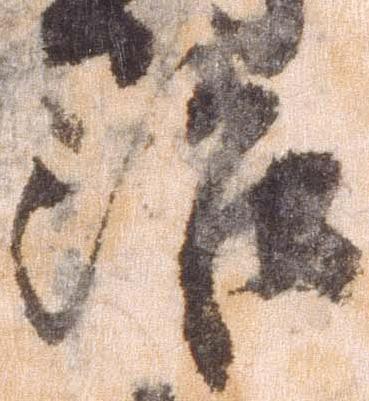
治